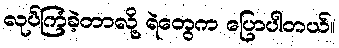
လုပ်ကြံခဲ့တာလို့ ရဲတွေက ပြောပါတယ်။